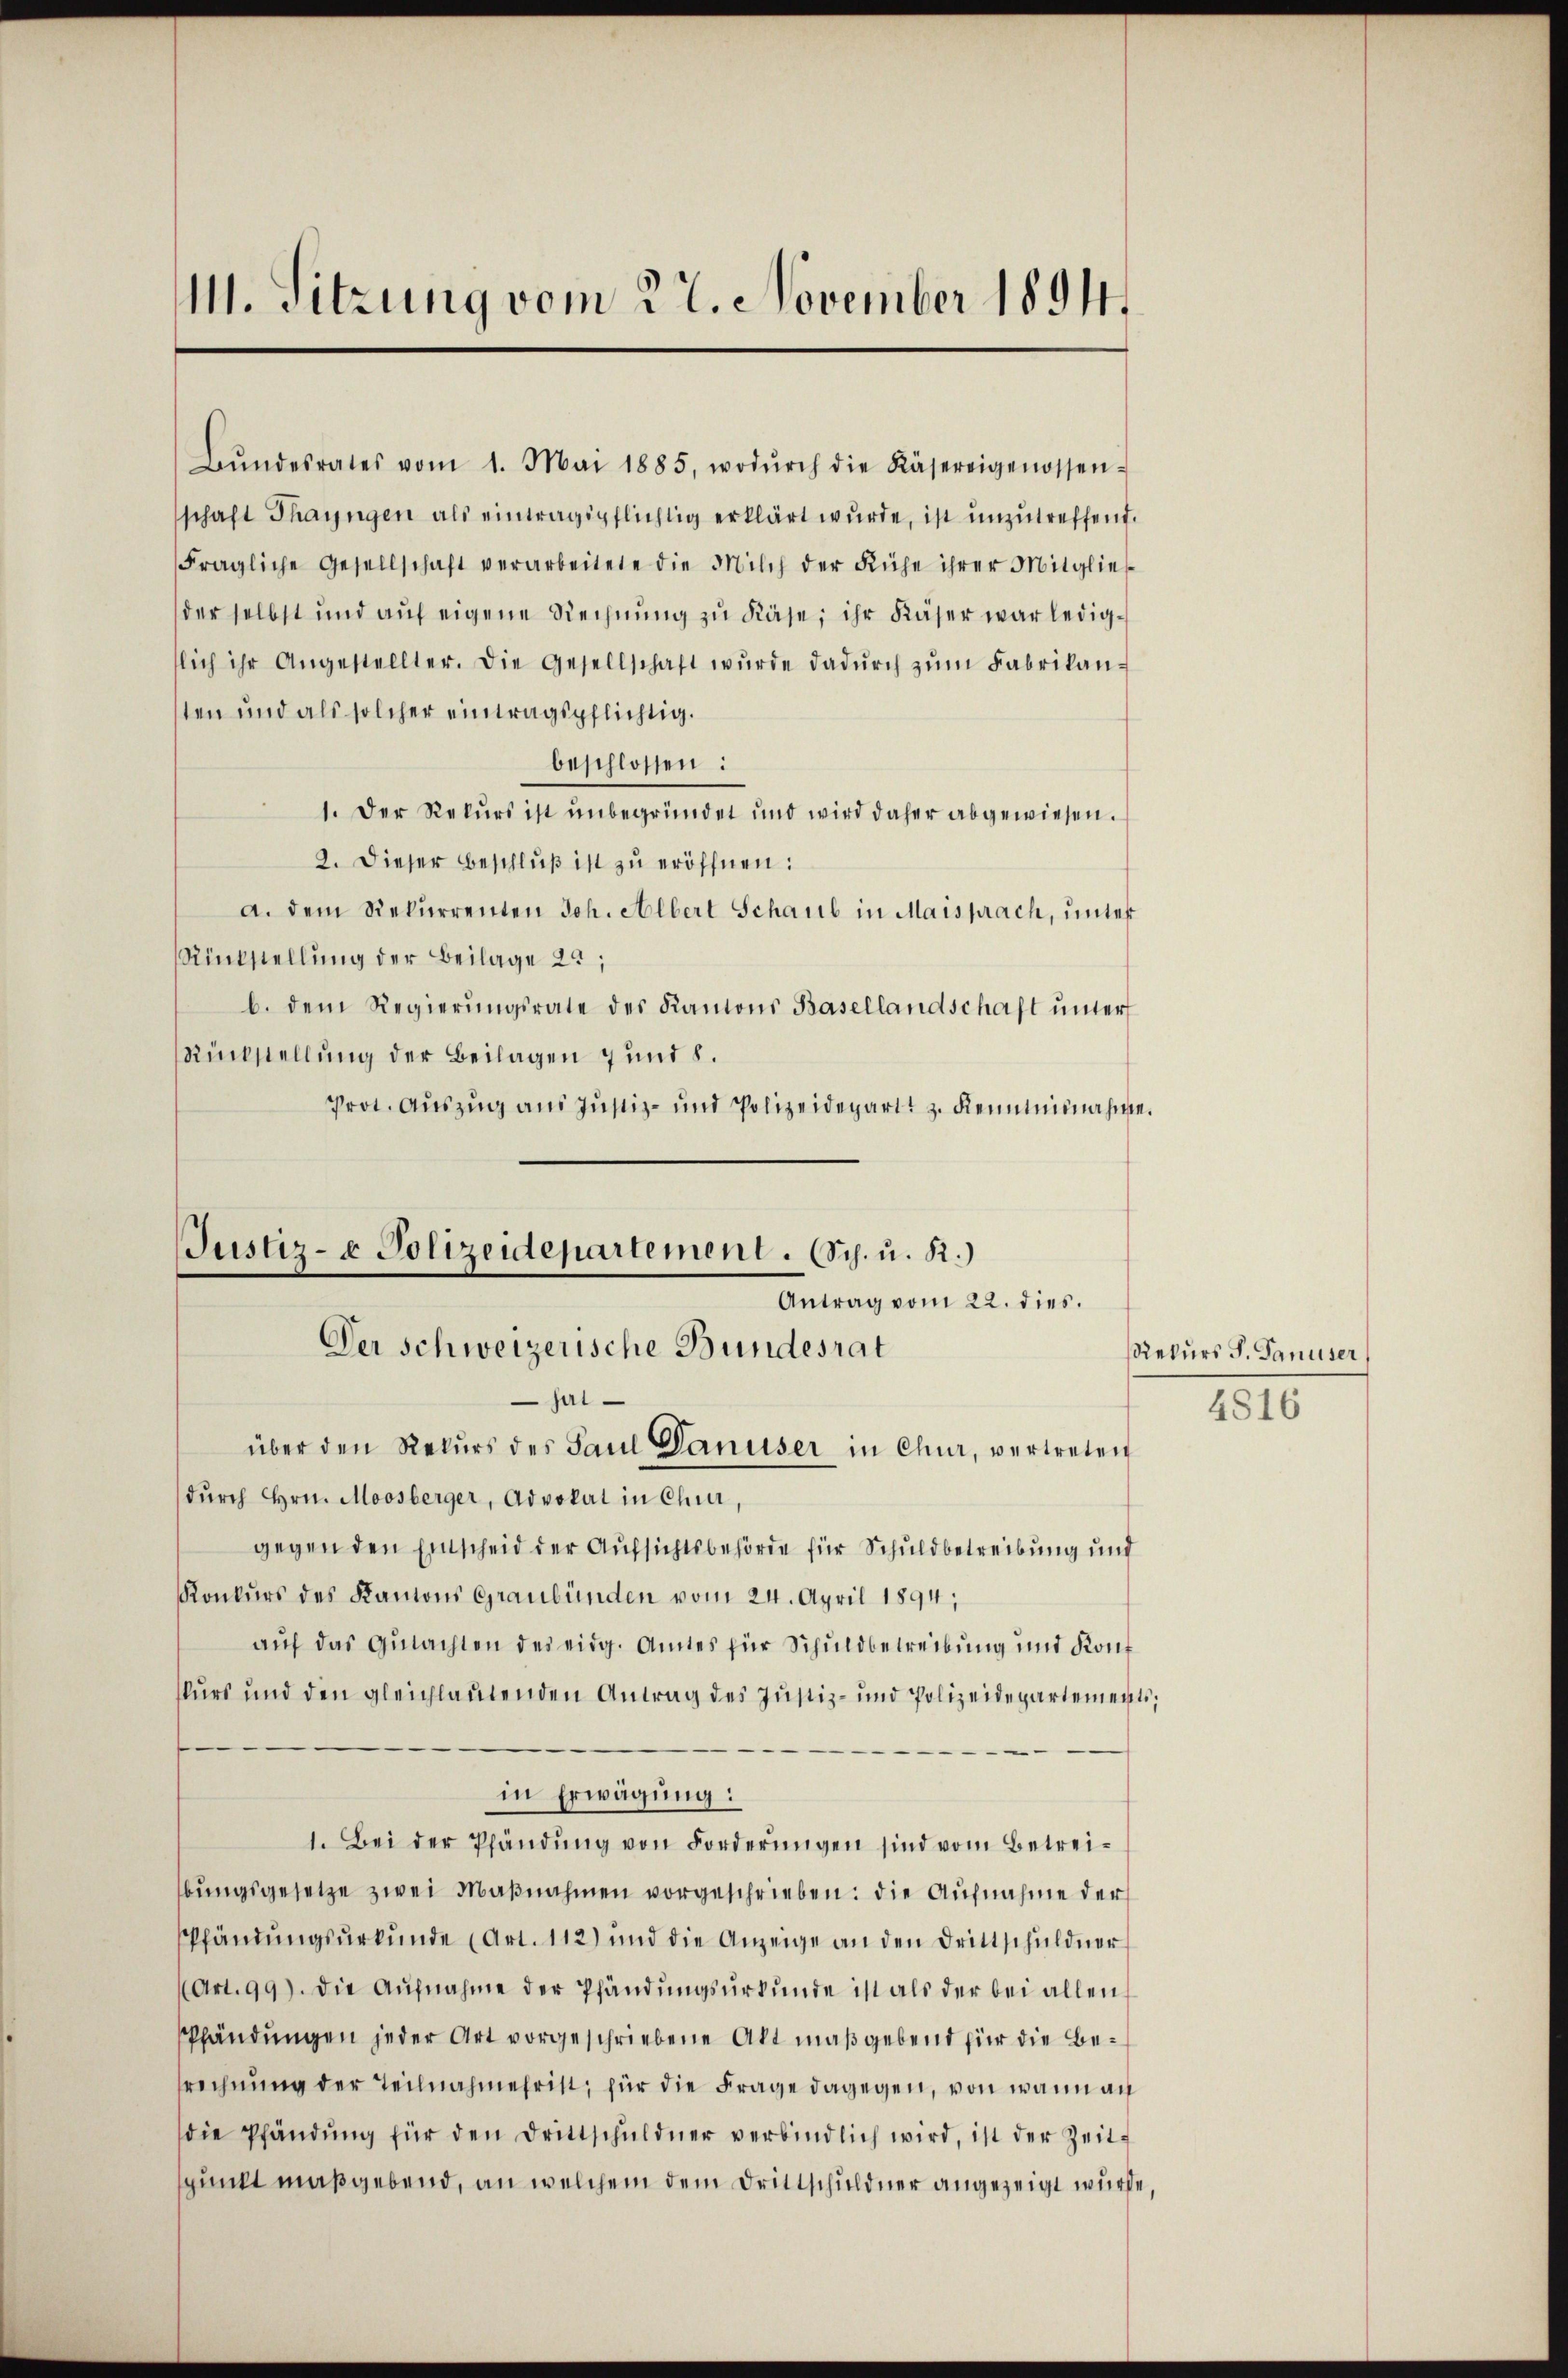
111. Sitzung vom 27. November 1894.

Bŭndesrates vom 1. Mai 1885, wodŭrch die Käsereigenossen-
schaft Thayngen als eintragspflichtig erklärt wurde, ist unzutreffend.
Fragliche Gesellschaft verarbeitete die Milch der Kühe ihrer Mitgließ
der selbst und aŭf eigene Rechnŭng zu Käse, ihr Käser war ledigslich ihr Angestellter. Die Gesellschaft wŭrde dadŭrch zŭm Fabrikan-
sten und als solcher eintragspflichtig.
beschlossen:
1. Der Rekurs ist unbegründet und wird daher abgewiesen.
2. Dieser Beschluß ist zu eröffnen:
a. dem Rekurrenten Joh. Albert Schaub in Maisprach, unter
Rückstellung der Beilage 22,
b. dem Regierŭngsrate des Kantons Basellandschaft ŭnter
Rückstellung der Beilagen 7 und 8.
Prot. Auszug aus Justiz- und Polizeidepart z. Kenntnisnahme.

Justiz- & Polizeidepartement. (Sch. u. R.)
Antrag vom 22. dies.

Der Schweizerische Bundesrat
jui
über den Rekurs des Paul Danuser in Chur, vertreten
durch Hrn. Moosberger, Advokat in Chur,
gegen den Einscheid der Aufsichtsbehörde für Schuldbetreibung und
Konkurs des Kantons Graubünden vom 24. April 1894,
auf das Gutachten des eidg. Amtes für Schuldbetreibung und Konf
kurs und den gleichlautenden Antrag des Justiz- und Polizeidepartementsin Erwägung:
1. Bei der Pfändung von Forderungen sind vom Betreibŭngsgesetze zwei Maβnahmen vorgeschrieben: die Aufnahme der
PPfändungsurkunde (Art. 112) und die Anzeige an den Drittschuldner
(Art. 99). Die Aufnahme der Pfändungsurkunde ist als der bei allen
Pfändungen jeder Art vorgeschriebene Akt maßgebend für die Besrechnung der Teilnahmehrist, für die Frage dagegen, von wann an
die Pfändŭng für den Drittschŭldner verbindlich wird, ist der Zeit-
spunkt maßgebend, an welchem dem Drittschuldner angezeigt würde,

Rekurs S. Panuser
4816